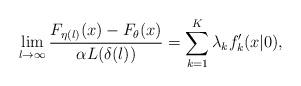
LaTeX: \begin{align*}\lim_{l\to\infty} \frac{F_{\eta(l)}(x) - F_\theta(x)}{ \alpha L(\delta(l))} = \sum_{k=1}^K \lambda_k f_k'(x|0),\end{align*}